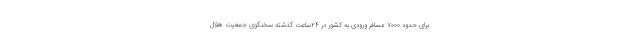
برای حدود ۷۰۰۰ مسافر ورودی به کشور در ۲۴ساعت گذشته سخنگوی جمعیت هلال